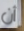
أن